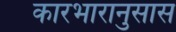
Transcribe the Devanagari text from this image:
कारभारानुसास